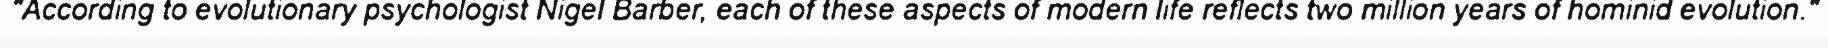
"According to evolutionary psychologist Nigel Barber, each of these aspects of modern life reflects two million years of hominid evolution."